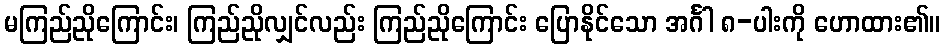
မကြည်ညိုကြောင်း၊ ကြည်ညိုလျှင်လည်း ကြည်ညိုကြောင်း ပြောနိုင်သော အင်္ဂါ ၈-ပါးကို ဟောထား၏။